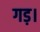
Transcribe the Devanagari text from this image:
गड़।